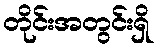
တိုင်းအတွင်းရှိ